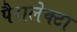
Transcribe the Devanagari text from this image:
पैरालेक्टा